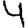
Digit: 4